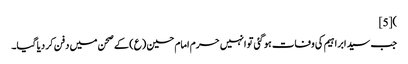
)[5]
جب سید ابراہیم کی وفات ہو گئی تو انہیں حرم امام حسین (ع) کے صحن میں دفن کر دیا گیا۔